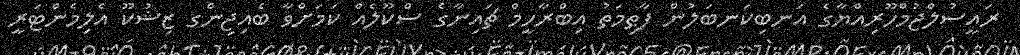
ރައީސުލްޖުމްހޫރިއްޔާގެ އަނބިކަނބަލުން ފާޠިމަތު އިބްރާހީމް ޗައިނާގެ ސްކޫލެއް ކަމަށްވާ ބެއިޖިންގ ޒިޝުކޫ އެލިމެންޓަރީ